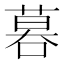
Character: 𠻚